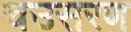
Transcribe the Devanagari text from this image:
चउसरण